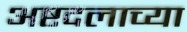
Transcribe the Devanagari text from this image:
अष्टदलाच्या